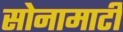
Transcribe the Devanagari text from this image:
सोनामाटी